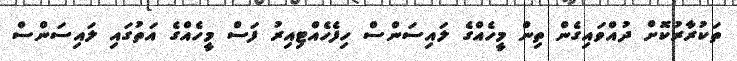
ތަކުރާރުކޮށް ދުއްވައިގެން ތިން މީހެއްގެ ލައިސަންސް ހިފެހެއްޓިއިރު ފަސް މީހެއްގެ އަތުގައި ލައިސަންސް